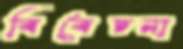
বিবেচনা